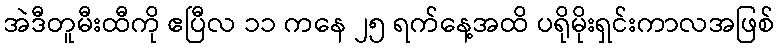
အဲဒီတူမီးထီကို ဧပြီလ ၁၁ ကနေ ၂၅ ရက်နေ့အထိ ပရိုမိုးရှင်းကာလအဖြစ်